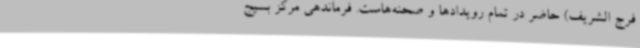
فرج الشریف) حاضر در تمام رویدادها و صحنه‌هاست. فرماندهی مرکز بسیج